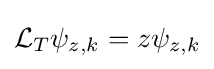
{\mathcal {L}}_{T}\psi _{z,k}=z\psi _{z,k}